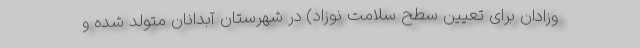
وزادان برای تعیین سطح سلامت نوزاد) در شهرستان آبدانان متولد شده و